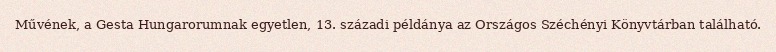
Művének, a Gesta Hungarorumnak egyetlen, 13. századi példánya az Országos Széchényi Könyvtárban található.